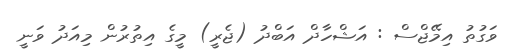
ވަގުތު އިމޭޖްސް : އަޝްހާދް އަބްދު (ޖެރީ) މީގެ އިތުރުން މިއަދު ވަނީ